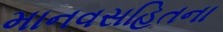
માનવસહિતના